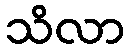
သိလာ